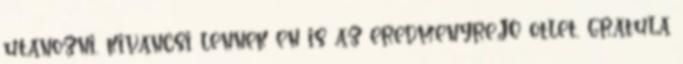
utanozni, kivancsi lennek en is az eredmenyre.JO otlet, gratula